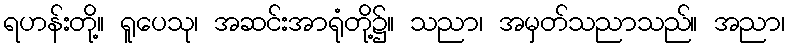
ရဟန်းတို့။ ရူပေသု၊ အဆင်းအာရုံတို့၌။ သညာ၊ အမှတ်သညာသည်။ အညာ၊